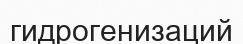
гидрогенизаций